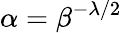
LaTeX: \alpha=\beta^{-\lambda/2}